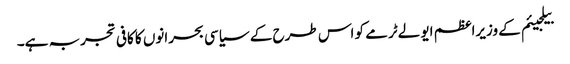
بیلجیئم کے وزیراعظم ایو لےٹرمے کو اس طرح کے سیاسی بحرانوں کا کافی تجربہ ہے۔